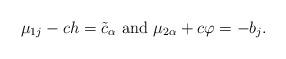
LaTeX: \begin{align*}\mu_{1j}-ch=\tilde{c}_{\alpha} \mbox{ and } \mu_{2\alpha}+c\varphi=-b_{j}. \end{align*}